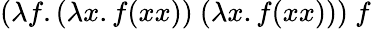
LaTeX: (\lambda f.(\lambda x.f(xx))\ (\lambda x.f(xx)))\ f